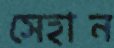
সেহান